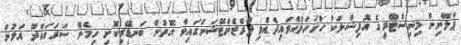
ޕްލޭނިން މިނިސްޓްރީގެ އޮފިޝަލަކު ހުށަހަޅުއްވައިދެއްވި ޕްރެޒެންޓޭޝަންގައިވާ ގޮތުން ބަނޑޭރިކޮށި ހިމެނޭ ސަރަހައްދު އަލުން